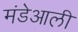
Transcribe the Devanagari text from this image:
मंडेआली